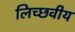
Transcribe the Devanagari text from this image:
लिच्छवीय